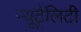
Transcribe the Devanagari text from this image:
न्यूट्रैलिटी